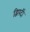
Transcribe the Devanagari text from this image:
द्विपदीं